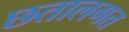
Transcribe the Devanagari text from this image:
छतालगत